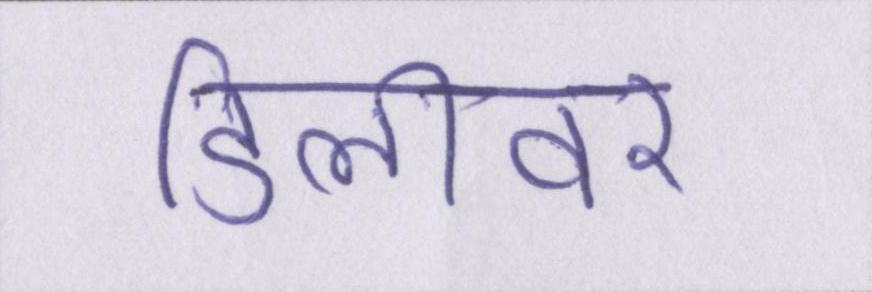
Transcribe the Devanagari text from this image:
डिलीवर